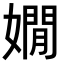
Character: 嫺